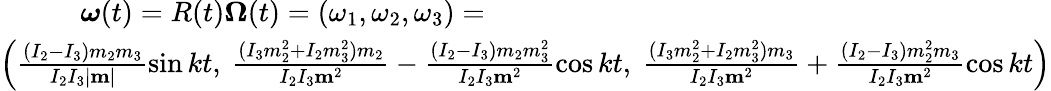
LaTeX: \begin{array}{r}{{\boldsymbol\omega}(t)=R(t){\boldsymbol\Omega}(t)=(\omega_{1},\omega_{2},\omega_{3})=\qquad\qquad\qquad\qquad\qquad\qquad\qquad\qquad\qquad\qquad}\\ {\left(\frac{(I_{2}-I_{3})m_{2}m_{3}}{I_{2}I_{3}|{\mathbf m}|}\sin kt,~\frac{(I_{3}m_{2}^{2}+I_{2}m_{3}^{2})m_{2}}{I_{2}I_{3}{\mathbf m}^{2}}-\frac{(I_{2}-I_{3})m_{2}m_{3}^{2}}{I_{2}I_{3}{\mathbf m}^{2}}\cos kt,~\frac{(I_{3}m_{2}^{2}+I_{2}m_{3}^{2})m_{3}}{I_{2}I_{3}{\mathbf m}^{2}}+\frac{(I_{2}-I_{3})m_{2}^{2}m_{3}}{I_{2}I_{3}{\mathbf m}^{2}}\cos kt\right)}\end{array}